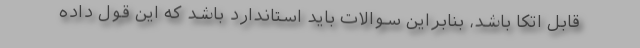
قابل اتکا باشد، بنابراین سوالات باید استاندارد باشد که این قول داده